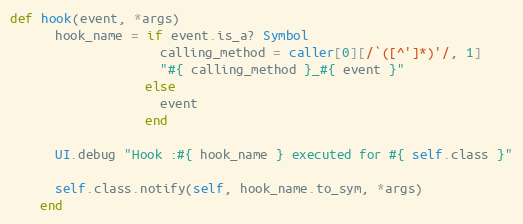
Language: Ruby
def hook(event, *args)
      hook_name = if event.is_a? Symbol
                    calling_method = caller[0][/`([^']*)'/, 1]
                    "#{ calling_method }_#{ event }"
                  else
                    event
                  end

      UI.debug "Hook :#{ hook_name } executed for #{ self.class }"

      self.class.notify(self, hook_name.to_sym, *args)
    end